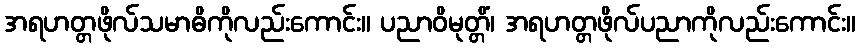
အရဟတ္တဖိုလ်သမာဓိကိုလည်းကောင်း။ ပညာဝိမုတ္တိံ၊ အရဟတ္တဖိုလ်ပညာကိုလည်းကောင်း။